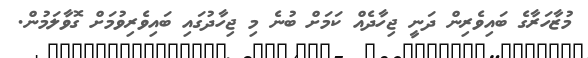
މުޒާހަރާގެ ބައިވެރިން ދަނީ ޖިހާދެއް ކަމަށް ބުނެ މި ޖިހާދުގައި ބައިވެރިވުމަށް ގޮވާލަމުން.